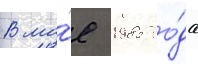
В ма́е 1985 го́да